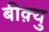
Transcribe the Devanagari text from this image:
बीक़्यु